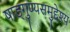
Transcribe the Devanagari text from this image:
षाड्गुण्यसमुद्देश्य